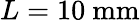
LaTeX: L=10\textrm{~mm}